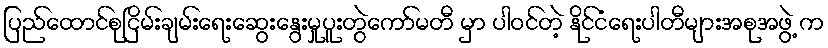
ပြည်ထောင်စုငြိမ်းချမ်းရေးဆွေးနွေးမှုပူးတွဲကော်မတီ မှာ ပါဝင်တဲ့ နိုင်ငံရေးပါတီများအစုအဖွဲ့ က